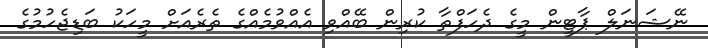
ނޭޝަނަލް ޕާޓީން މީގެ ދެހަފްތާ ކުރިން ބޭއްވި އެއްވުމެއްގެ ތެރެއަށް މީހަކު ބަޑިޖެހުމުގެ